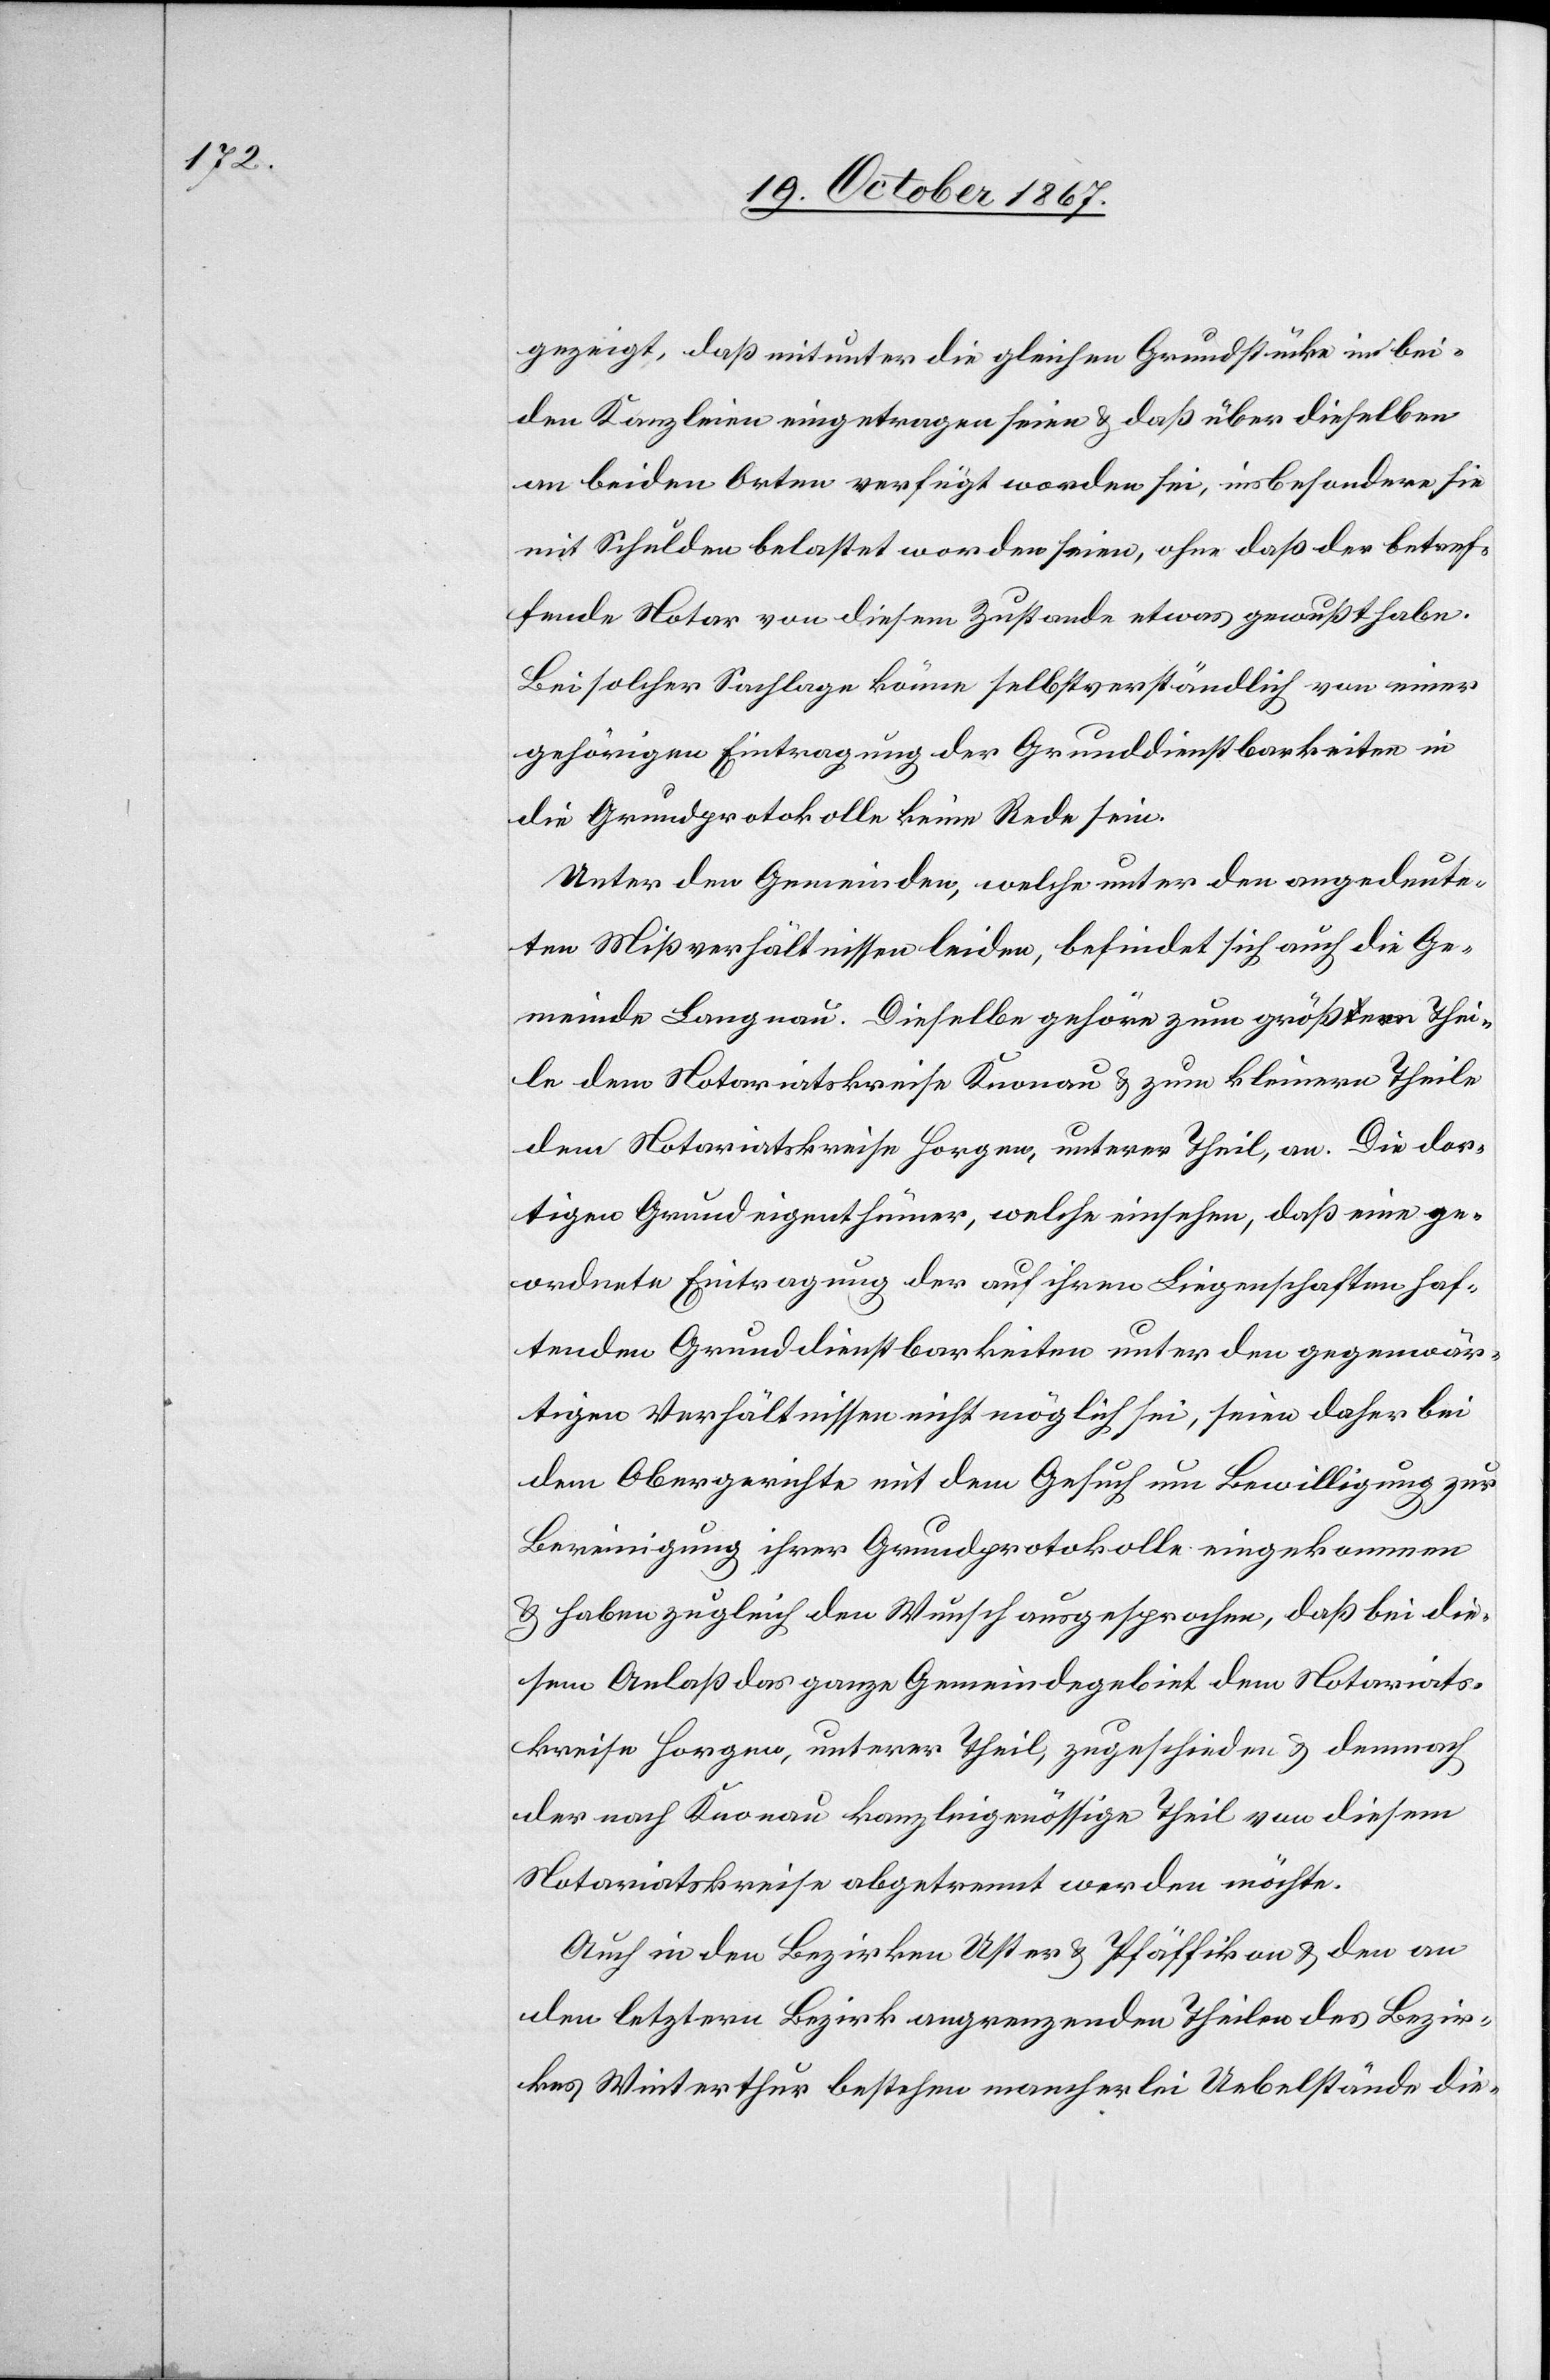
gezeigt, daß mitunter die gleichen Grundstücke in bei¬
den Kanzleien eingetragen seien u. daß über dieselben
an beiden Orten verfügt worden sei, insbesondere sie
mit Schulden belastet worden seien, ohne daß der betref¬
fende Notar von diesem Zustande etwas gewußt habe.
Bei solcher Sachlage könne selbstverständlich von einer
gehörigen Eintragung der Grunddienstbarkeiten in
die Grundprotokolle keine Rede sein.
Unter den Gemeinden, welche unter den angedeute¬
ten Mißverhältnissen leiden, befindet sich auch die Ge¬
meinde Langnau. Dieselbe gehöre zum größern Thei¬
le dem Notariatskreise Knonau u. zum kleinern Theile
dem Notariatskreise Horgen, unterer Theil, an. Die dor¬
tigen Grundeigenthümer, welche einsehen, daß eine ge¬
ordnete Eintragung der auf ihren Liegenschaften haf¬
tenden Grunddienstbarkeiten unter den gegenwär¬
tigen Verhältnissen nicht möglich sei, seien daher bei
dem Obergerichte mit dem Gesuch um Bewilligung zur
Bereinigung ihrer Grundprotokolle eingekommen
u. haben zugleich den Wunsch ausgesprochen, daß bei die¬
sem Anlaß das ganze Gemeindegebiet dem Notariats¬
kreise Horgen, unterer Theil, zugeschieden u. demnach
der nach Knonau kanzleigenössige Theil von diesem
Notariatskreise abgetrennt werden möchte.
Auch in den Bezirken Uster u. Pfäffikon u. den an
den letztern Bezirk angrenzenden Theilen des Bezir¬
kes Winterthur bestehen mancherlei Uebelstände die-